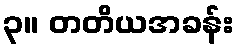
၃။ တတိယအခန်း